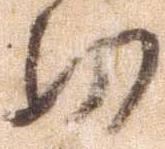
功